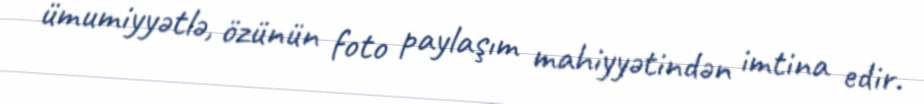
ümumiyyətlə, özünün foto paylaşım mahiyyətindən imtina edir.